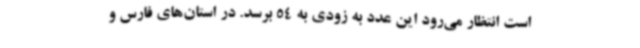
است انتظار می‌رود این عدد به زودی به 54 برسد. در استان‌های فارس و